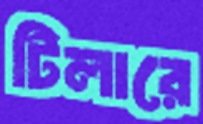
টিলারে